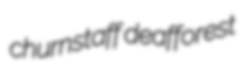
churnstaff deafforest